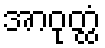
အာဝုတ္ထံ